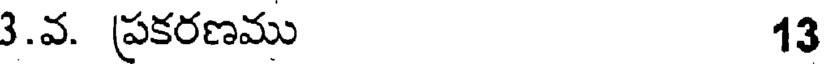
3.వ. ప్రకరణము 13